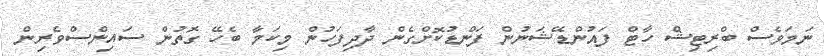
ނަމަވެސް ބްރިޓިޝް ހާޓް ފައުންޑޭޝަނުން ފަންޑުކޮށްގެން ދާދިފަހުން މިކަމާ ބެހޭ ގޮތުން ސައިންސްވެރިން